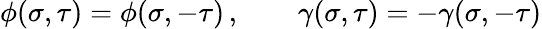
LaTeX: \phi(\sigma,\tau)=\phi(\sigma,-\tau)\, ,\qquad\gamma(\sigma,\tau)=-\gamma(\sigma,-\tau)